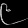
Digit: ၉